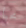
مخبأ